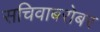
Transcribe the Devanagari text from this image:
सचिवाबरोबर